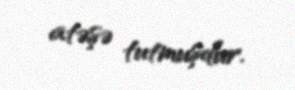
atəşə tutmuşdur.